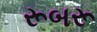
રૂબરૂ